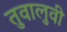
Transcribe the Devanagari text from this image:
तुवालुवी